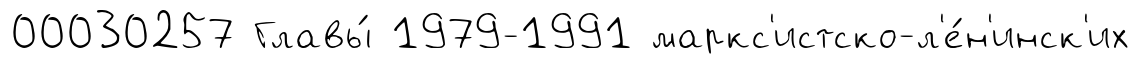
00030257 Главы́ 1979-1991 маркс'истско-л'е́н'инск'их